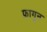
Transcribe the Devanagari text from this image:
फ़ागुन